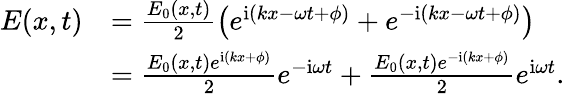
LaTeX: \begin{array}{rl}{E(x,t)}&{=\frac{E_{0}(x,t)}{2}\left(e^{\mathrm{{i}}(kx-\omega t+\phi)}+e^{-{\mathrm{i}}(kx-\omega t+\phi)}\right)}\\ &{=\frac{E_{0}(x,t)e^{\mathrm{{i}}(kx+\phi)}}{2}e^{-{\mathrm{i}}\omega t}+\frac{E_{0}(x,t)e^{-\mathrm{{i}}(kx+\phi)}}{2}e^{{\mathrm{i}}\omega t}.}\end{array}